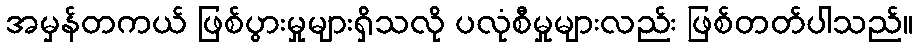
အမှန်တကယ် ဖြစ်ပွားမှုများရှိသလို ပလုံစီမှုများလည်း ဖြစ်တတ်ပါသည်။